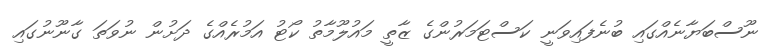
ނޫސްބަޔާނެއްގައި ބުނެފައިވަނީ ކަސްޓަމަރުންގެ ޒާތީ މައުލޫމާތު ކޯޓު އަމުރެއްގެ ދަށުން ނުވަތަ ގާނޫނުގައި